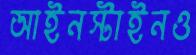
আইনস্টাইনও